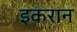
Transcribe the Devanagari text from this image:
इकरान